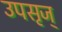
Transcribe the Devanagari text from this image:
उपसृज्